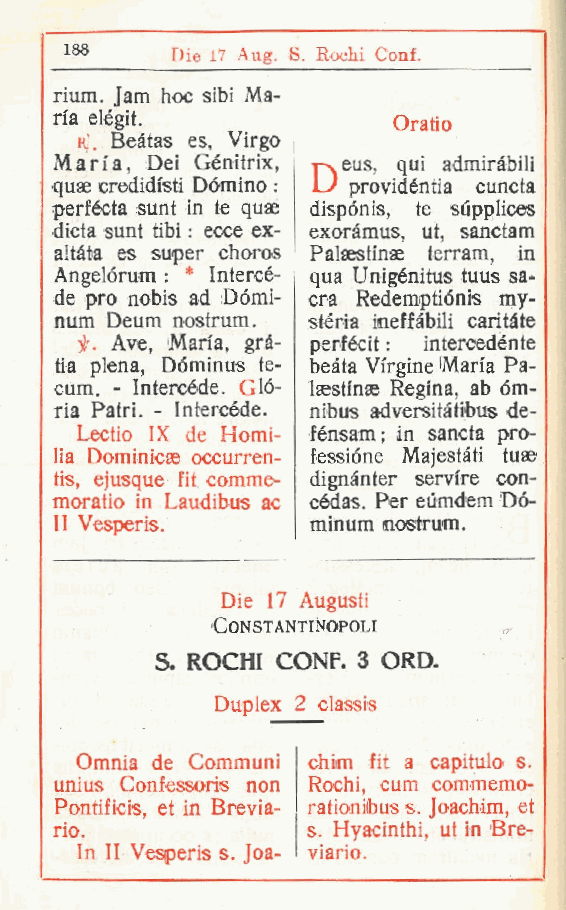
186    Die 17 Aug. 8. Rochi Coni.
 rium. Jam hoc sibi Ma-
 ria elégit.           Oratio
 r Beàtas es, Virgo
 .
 Maria, Dei Génitrix, rxeus, qui admiràbili
 quae credidisti Dòmino : L/ previdènti a cuncta
 perfécta sunt in te quae dispónis, te supplices
 dieta sunt tibi : ecce ex- exoràmus, ut, sanctam
 altàta es super choros Palsestmse terram, in
 Angelórum : * Intercé- qua Unigénitus tuus sa-
 de prò nobis ad Dómi- cra Redemptiónis my-
 num Deum nostrum. stéria ineffàbili caritàte
 jr. Ave, Maia, gra- pertécit : intercedénte
 ta piena, Dóminus te- beata Vi'rgine Maria Pa-
 cum. - Intercéde. Glò- laestinae Regina, ab òm-
 ria Patri. - Intercéde. nibus adversitàtibus de-
 Lectio IX de Homi- fénsam; in sancta pro-
 lia Dominicas occurren- fessióne Majestàti tuae
 tis, ejusque fit cornine- dignànter servire con-
 moratio in Laudibus ac códas. Per eumdem Dó-
 II Vesperis.    minum nostrum.
 Die 17 Augusti
 CONSTANTINOPOLI
 S ROGHI GONF. 3 ORD.
 .
 Duplex 2 classis
 Omnia de Communi chim fit a capitulo s.
 unius Confessois non Rochi, cum commemo-
 Pontificis et in Brevia- ra ti on ih us s. Joachim, et
 ,
 rio.             s Hyacinthi, ut in Bre-
 .
 In II Vesperis s. Joa- viario.
 t
 r
 r